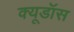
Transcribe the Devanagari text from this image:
क्यूडॉस